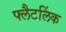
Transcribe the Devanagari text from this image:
फ्लैटलिंक